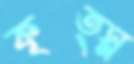
কৃত্স্ন